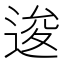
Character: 逡